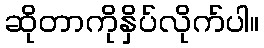
ဆိုတာကိုနှိပ်လိုက်ပါ။